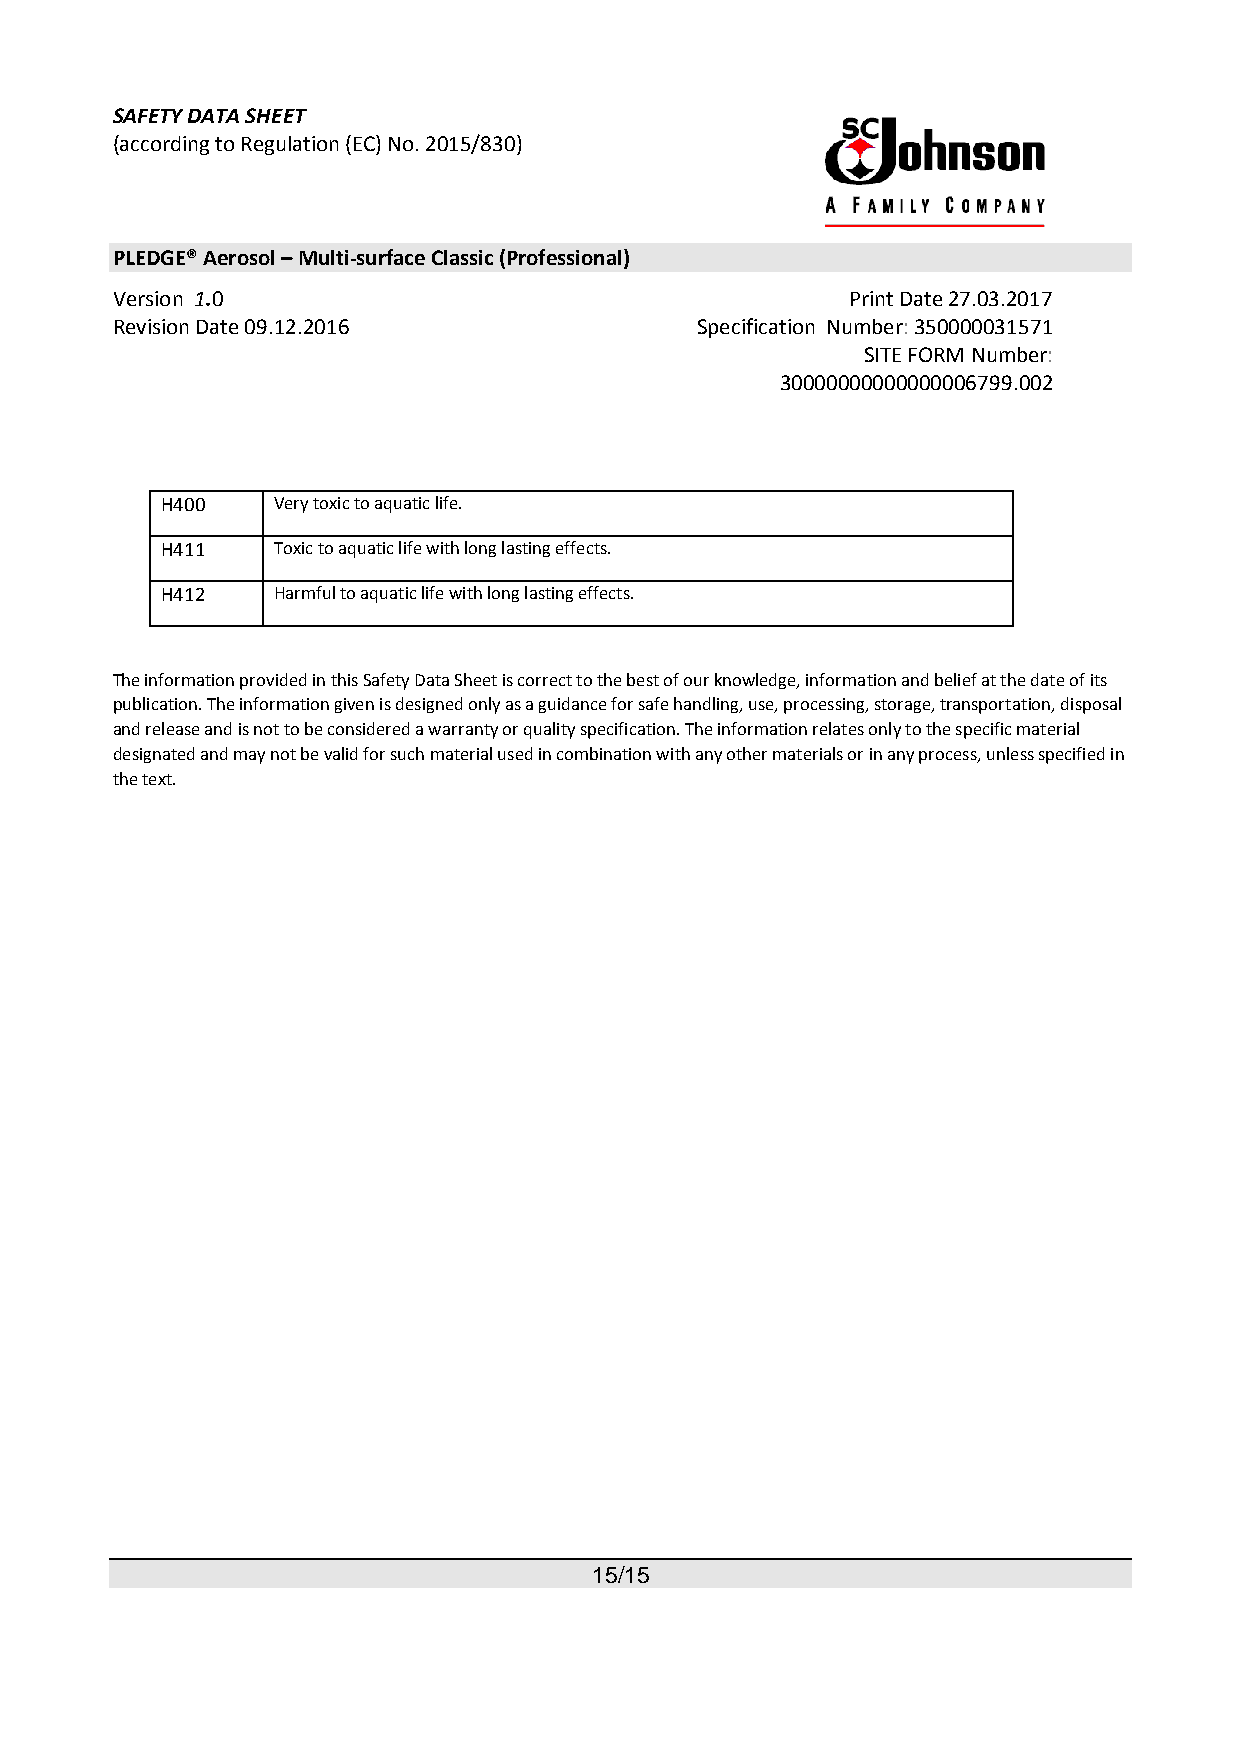
SAFETY DATA SHEET
 (according to Regulation (EC) No. 2015/830)
 PLEDGE® Aerosol – Multi-surface Classic (Professional)
 Version 1.0                                      Print Date 27.03.2017
 Revision Date 09.12.2016               Specification Number: 350000031571
 SITE FORM Number:
 30000000000000006799.002
 H400   Very toxic to aquatic life.
 H411   Toxic to aquatic life with long lasting effects.
 H412   Harmful to aquatic life with long lasting effects.
 The information provided in this Safety Data Sheet is correct to the best of our knowledge, information and belief at the date of its
 publication. The information given is designed only as a guidance for safe handling, use, processing, storage, transportation, disposal
 and release and is not to be considered a warranty or quality specification. The information relates only to the specific material
 designated and may not be valid for such material used in combination with any other materials or in any process, unless specified in
 the text.
 15/15